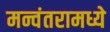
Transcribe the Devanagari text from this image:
मन्वंतरामध्ये